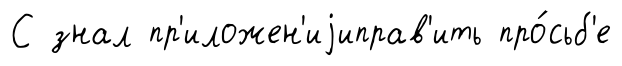
С знал пр'иложен'иjиправ'ить про́сьб'е